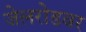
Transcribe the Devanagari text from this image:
जेलरोडवर